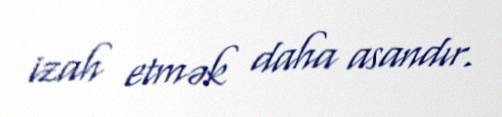
izah etmək daha asandır.